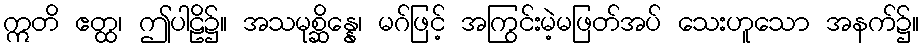
ဣတိ ဧတ္ထ၊ ဤပါဠိ၌။ အသမုစ္ဆိန္နေ၊ မဂ်ဖြင့် အကြွင်းမဲ့မဖြတ်အပ် သေးဟူသော အနက်၌။